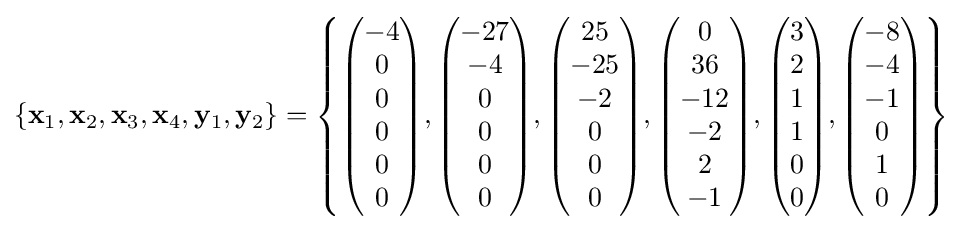
\left\{\mathbf {x} _{1},\mathbf {x} _{2},\mathbf {x} _{3},\mathbf {x} _{4},\mathbf {y} _{1},\mathbf {y} _{2}\right\}=\left\{{\begin{pmatrix}-4\\0\\0\\0\\0\\0\end{pmatrix}},{\begin{pmatrix}-27\\-4\\0\\0\\0\\0\end{pmatrix}},{\begin{pmatrix}25\\-25\\-2\\0\\0\\0\end{pmatrix}},{\begin{pmatrix}0\\36\\-12\\-2\\2\\-1\end{pmatrix}},{\begin{pmatrix}3\\2\\1\\1\\0\\0\end{pmatrix}},{\begin{pmatrix}-8\\-4\\-1\\0\\1\\0\end{pmatrix}}\right\}